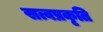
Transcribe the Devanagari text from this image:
सत्वप्रकृति